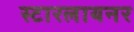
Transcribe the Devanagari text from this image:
स्टारलायनर